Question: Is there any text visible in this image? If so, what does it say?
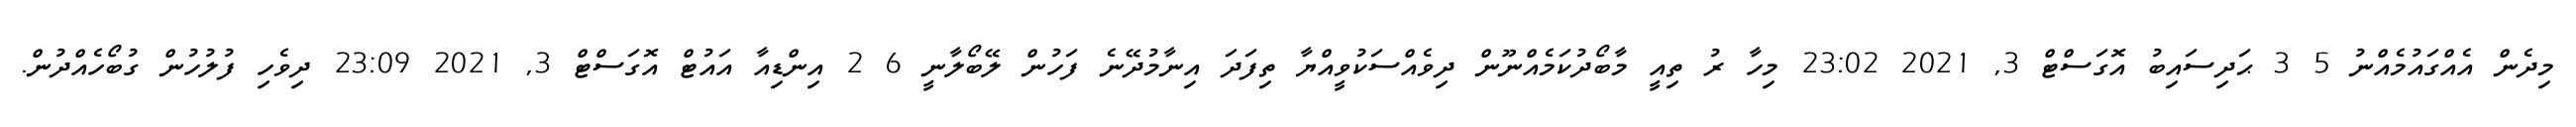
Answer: މިދެން އެއްގައުމެއްނު 5 3 ޙަދިސައިބު އޮގަސްޓް 3, 2021 23:02 މިހާ ރު ތިއީ މާބޯދުކަމެއްނޫން ދިވެއްސަކުވީއްޔާ ތިފަދަ އިނާމުދޭނެ ފަހުން ލޭބޯލާނީ 6 2 އިންޑިއާ އައުޓް އޮގަސްޓް 3, 2021 23:09 ދިވެހި ފުލުހުން ގުބޯހެއްދުން.